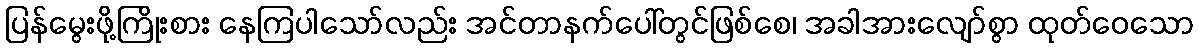
ပြန်မွေးဖို့ကြိုးစား နေကြပါသော်လည်း အင်တာနက်ပေါ်တွင်ဖြစ်စေ၊ အခါအားလျော်စွာ ထုတ်ဝေသော